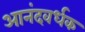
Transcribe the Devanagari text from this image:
आनंदवर्धक